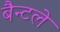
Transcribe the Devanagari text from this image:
बैन्टले